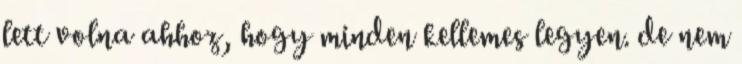
lett volna ahhoz, hogy minden kellemes legyen. de nem